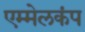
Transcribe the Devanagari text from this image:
एम्मेलकंप